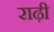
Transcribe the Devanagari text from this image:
राढ़ी